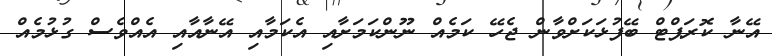
އޭނާ ކޮރަޕްޓް ބޭފުޅަކަށްވާން ޖެހޭ ކަމެއް ނޫންކަމަށާއި އެކަމާއި އޭނާއާއި އެއްވެސް ގުޅުމެއް